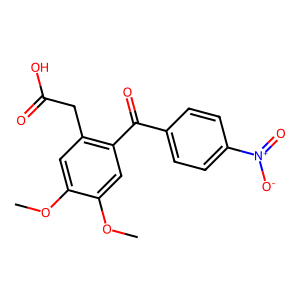
SMILES: COc1cc(CC(=O)O)c(C(=O)c2ccc([N+](=O)[O-])cc2)cc1OC
Inhibits HIV replication: No